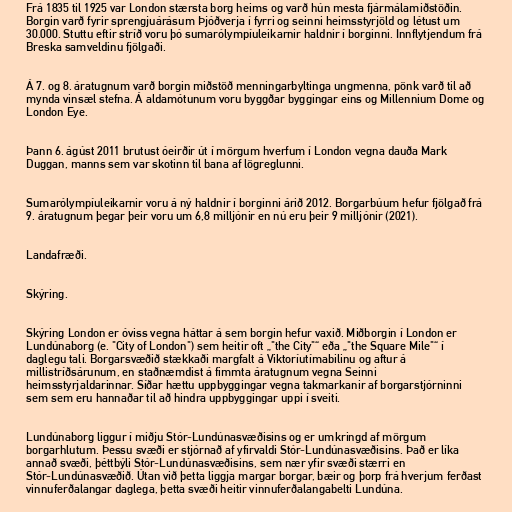
Frá 1835 til 1925 var London stærsta borg heims og varð hún mesta fjármálamiðstöðin.
Borgin varð fyrir sprengjuárásum Þjóðverja í fyrri og seinni heimsstyrjöld og létust um
30.000. Stuttu eftir stríð voru þó sumarólympíuleikarnir haldnir í borginni. Innflytjendum frá
Breska samveldinu fjölgaði.

Á 7. og 8. áratugnum varð borgin miðstöð menningarbyltinga ungmenna, pönk varð til að
mynda vinsæl stefna. Á aldamótunum voru byggðar byggingar eins og Millennium Dome og
London Eye.

Þann 6. ágúst 2011 brutust óeirðir út í mörgum hverfum í London vegna dauða Mark
Duggan, manns sem var skotinn til bana af lögreglunni.

Sumarólympíuleikarnir voru á ný haldnir í borginni árið 2012. Borgarbúum hefur fjölgað frá
9. áratugnum þegar þeir voru um 6,8 milljónir en nú eru þeir 9 milljónir (2021).

Landafræði.

Skýring.

Skýring London er óviss vegna háttar á sem borgin hefur vaxið. Miðborgin í London er
Lundúnaborg (e. "City of London") sem heitir oft „"the City"“ eða „"the Square Mile"“ í
daglegu tali. Borgarsvæðið stækkaði margfalt á Viktoríutímabilinu og aftur á
millistríðsárunum, en staðnæmdist á fimmta áratugnum vegna Seinni
heimsstyrjaldarinnar. Síðar hættu uppbyggingar vegna takmarkanir af borgarstjórninni
sem sem eru hannaðar til að hindra uppbyggingar uppi í sveiti.

Lundúnaborg liggur í miðju Stór-Lundúnasvæðisins og er umkringd af mörgum
borgarhlutum. Þessu svæði er stjórnað af yfirvaldi Stór-Lundúnasvæðisins. Það er líka
annað svæði, þéttbýli Stór-Lundúnasvæðisins, sem nær yfir svæði stærri en
Stór-Lundúnasvæðið. Útan við þetta liggja margar borgar, bæir og þorp frá hverjum ferðast
vinnuferðalangar daglega, þetta svæði heitir vinnuferðalangabelti Lundúna.